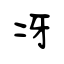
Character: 冴